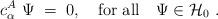
LaTeX: \begin{align*}c_\alpha^A \ \Psi\;=\;0, \quad {\rm for \ all} \quad \Psi \in {\mathcal H}_0\ .\end{align*}